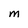
Character: M